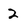
Character: 2